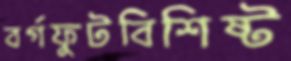
বর্গফুটবিশিষ্ট